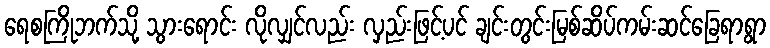
ရေစကြိုဘက်သို့ သွားရောင်း လိုလျှင်လည်း လှည်းဖြင့်ပင် ချင်းတွင်းမြစ်ဆိပ်ကမ်းဆင်ခြေရာရွာ